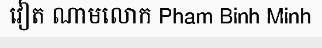
វៀត ណាមលោក Pham Binh Minh